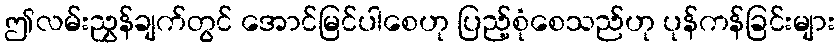
ဤလမ်းညွှန်ချက်တွင် အောင်မြင်ပါစေဟု ပြည့်စုံစေသည်ဟု ပုန်ကန်ခြင်းများ